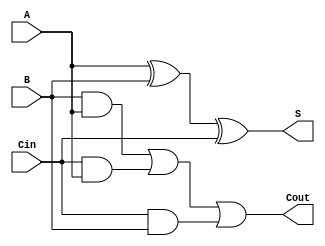
module sumadorCompleto (
  Cin,
  A,
  B,
  S,
  Cout
);

  input Cin;
  input A;
  input B;
  output S;
  output Cout;

  assign S = A ^ B ^ Cin;
  assign Cout = (B & A) | (Cin & A) | (Cin & B);

endmodule